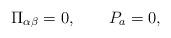
LaTeX: \begin{align*}\Pi_{\alpha\beta}=0, \qquad P_a=0,\end{align*}